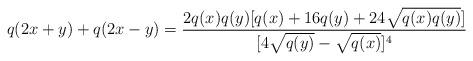
LaTeX: \begin{align*}q(2x+y)+q(2x-y)= \frac{2q(x)q(y)[q(x)+16q(y)+24\sqrt{q(x)q(y)}]}{[4\sqrt{q(y)}-\sqrt{q(x)}]^{4}}\end{align*}